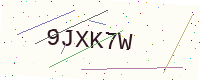
Text: 9JXK7W